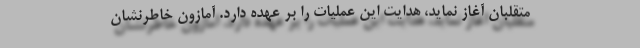
متقلبان آغاز نماید، هدایت این عملیات را بر عهده دارد. آمازون خاطرنشان